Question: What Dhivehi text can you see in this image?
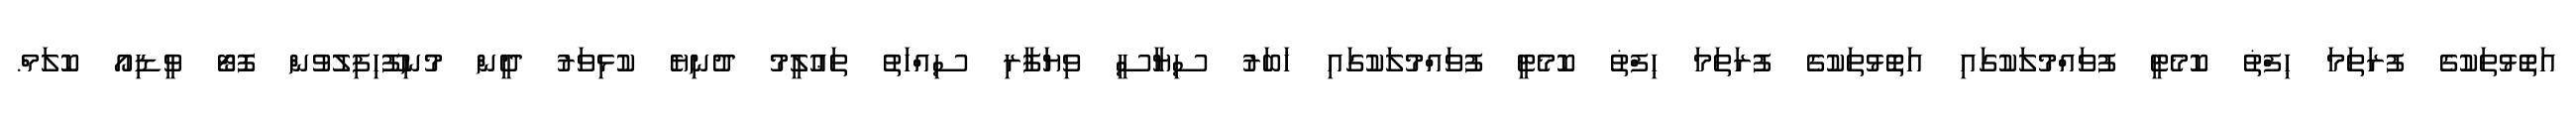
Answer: އަތޮޅުތަކުގެ ފުރަތަމަ ޙިފްޡު ކޮމެޓީ ފުވައްމުލަކުގައި އަތޮޅުތަކުގެ ފުރަތަމަ ޙިފްޡު ކޮމެޓީ ފުވައްމުލަކުގައި ޚަބަރު ސިޔާސީ ވިޔަފާރި ސިއްހަތު ތަޢުލީމު ދުނިޔެ ކުޅިވަރު ދީން މުނިފޫހިފިލުވުން ފޮޓޯ ވީޑިއޯ ކޮލަމް.